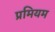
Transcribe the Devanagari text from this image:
प्रमियम